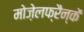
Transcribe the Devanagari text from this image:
मोज़ेलफ्रैन्कें